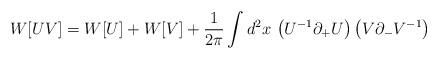
LaTeX: \begin{align*}W[UV]=W[U] + W[V] + {1\over{2\pi}}\int d^2x\, \left(U^{-1}\partial_+ U\right)\left(V\partial_- V^{-1}\right)\end{align*}